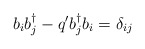
\begin{align*}b_{i} b_{j}^{\dagger} - q^{\prime} b_{j}^{\dagger} b_{i} = \delta_{ij}\end{align*}